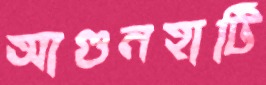
আগুনহাটি